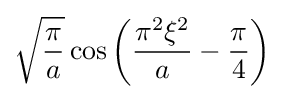
{\sqrt {\frac {\pi }{a}}}\cos \left({\frac {\pi ^{2}\xi ^{2}}{a}}-{\frac {\pi }{4}}\right)